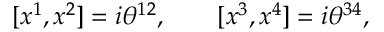
\lbrack x ^ { 1 } , x ^ { 2 } ] = i \theta ^ { 1 2 } , \qquad \lbrack x ^ { 3 } , x ^ { 4 } ] = i \theta ^ { 3 4 } ,